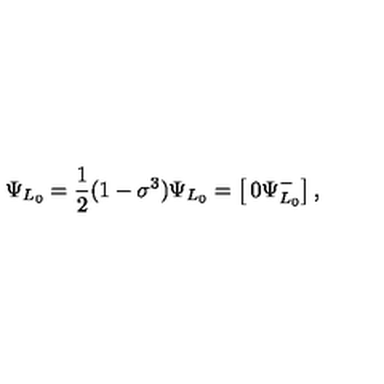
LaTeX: \Psi _ { L _ { 0 } } = { \frac { 1 } { 2 } } ( 1 - \sigma ^ { 3 } ) \Psi _ { L _ { 0 } } = \left[ \begin{matrix} { 0 } \\ { \Psi _ { L _ { 0 } } ^ { - } } \\ \end{matrix} \right] ,